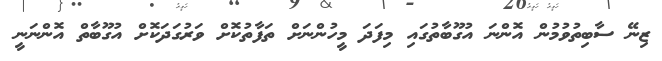
ޒިނޭ ސާބިތުވުމުން އޮންނަ އުގޫބާތުގައި މިފަދަ މީހުންނަށް ތަފާތުކޮށް ވަރުގަދަކޮށް އުގޫބާތް އޮންނަނީ